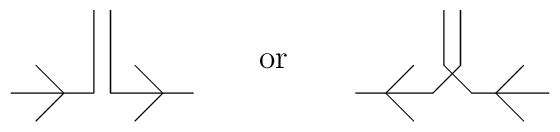
\raisebox{-20pt}{\begin{picture}(67.00,41.00)\put(1.00,11.00){\line(1,0){30.00}}\put(31.00,11.00){\line(0,1){30.00}}\put(37.00,41.00){\line(0,-1){30.00}}\put(37.00,11.00){\line(1,0){30.00}}\put(20.00,11.00){\line(-1,1){10.00}}\put(10.00,1.00){\line(1,1){10.00}}\put(56.00,11.00){\line(-1,1){10.00}}\put(46.00,1.00){\line(1,1){10.00}}\end{picture}}\qquad\textrm{or}\qquad\raisebox{-20pt}{\begin{picture}(71.00,41.00)\put(62.00,1.00){\line(-1,1){10.00}}\put(12.00,11.00){\line(1,1){10.00}}\put(22.00,1.00){\line(-1,1){10.00}}\put(52.00,11.00){\line(1,1){10.00}}\put(33.00,41.00){\line(0,-1){20.00}}\put(33.00,21.00){\line(1,-1){10.00}}\put(39.00,41.00){\line(0,-1){20.00}}\put(39.00,21.00){\line(-1,-1){10.00}}\put(71.00,11.00){\line(-1,0){28.00}}\put(1.00,11.00){\line(1,0){28.00}}\end{picture}}